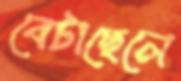
বেটাছেলে